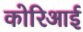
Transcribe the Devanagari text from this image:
कोरिआई